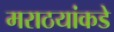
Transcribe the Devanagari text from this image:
मराठयांकडे